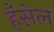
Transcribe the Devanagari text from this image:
हँसेल